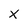
Character: X